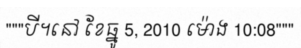
"""បី។នៅ ខែធ្នូ 5, 2010 ម៉ោង 10:08"""